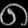
Digit: ၈